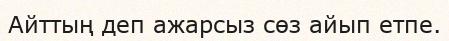
Айттың деп ажарсыз сөз айып етпе.